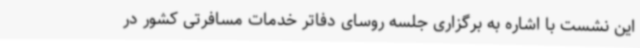
این نشست با اشاره به برگزاری جلسه روسای دفاتر خدمات مسافرتی کشور در